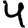
Digit: 4